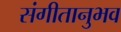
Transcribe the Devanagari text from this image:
संगीतानुभव